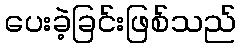
ပေးခဲ့ခြင်းဖြစ်သည်